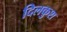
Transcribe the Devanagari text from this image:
दिलकुश